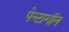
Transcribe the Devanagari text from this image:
पेन्टागॉन